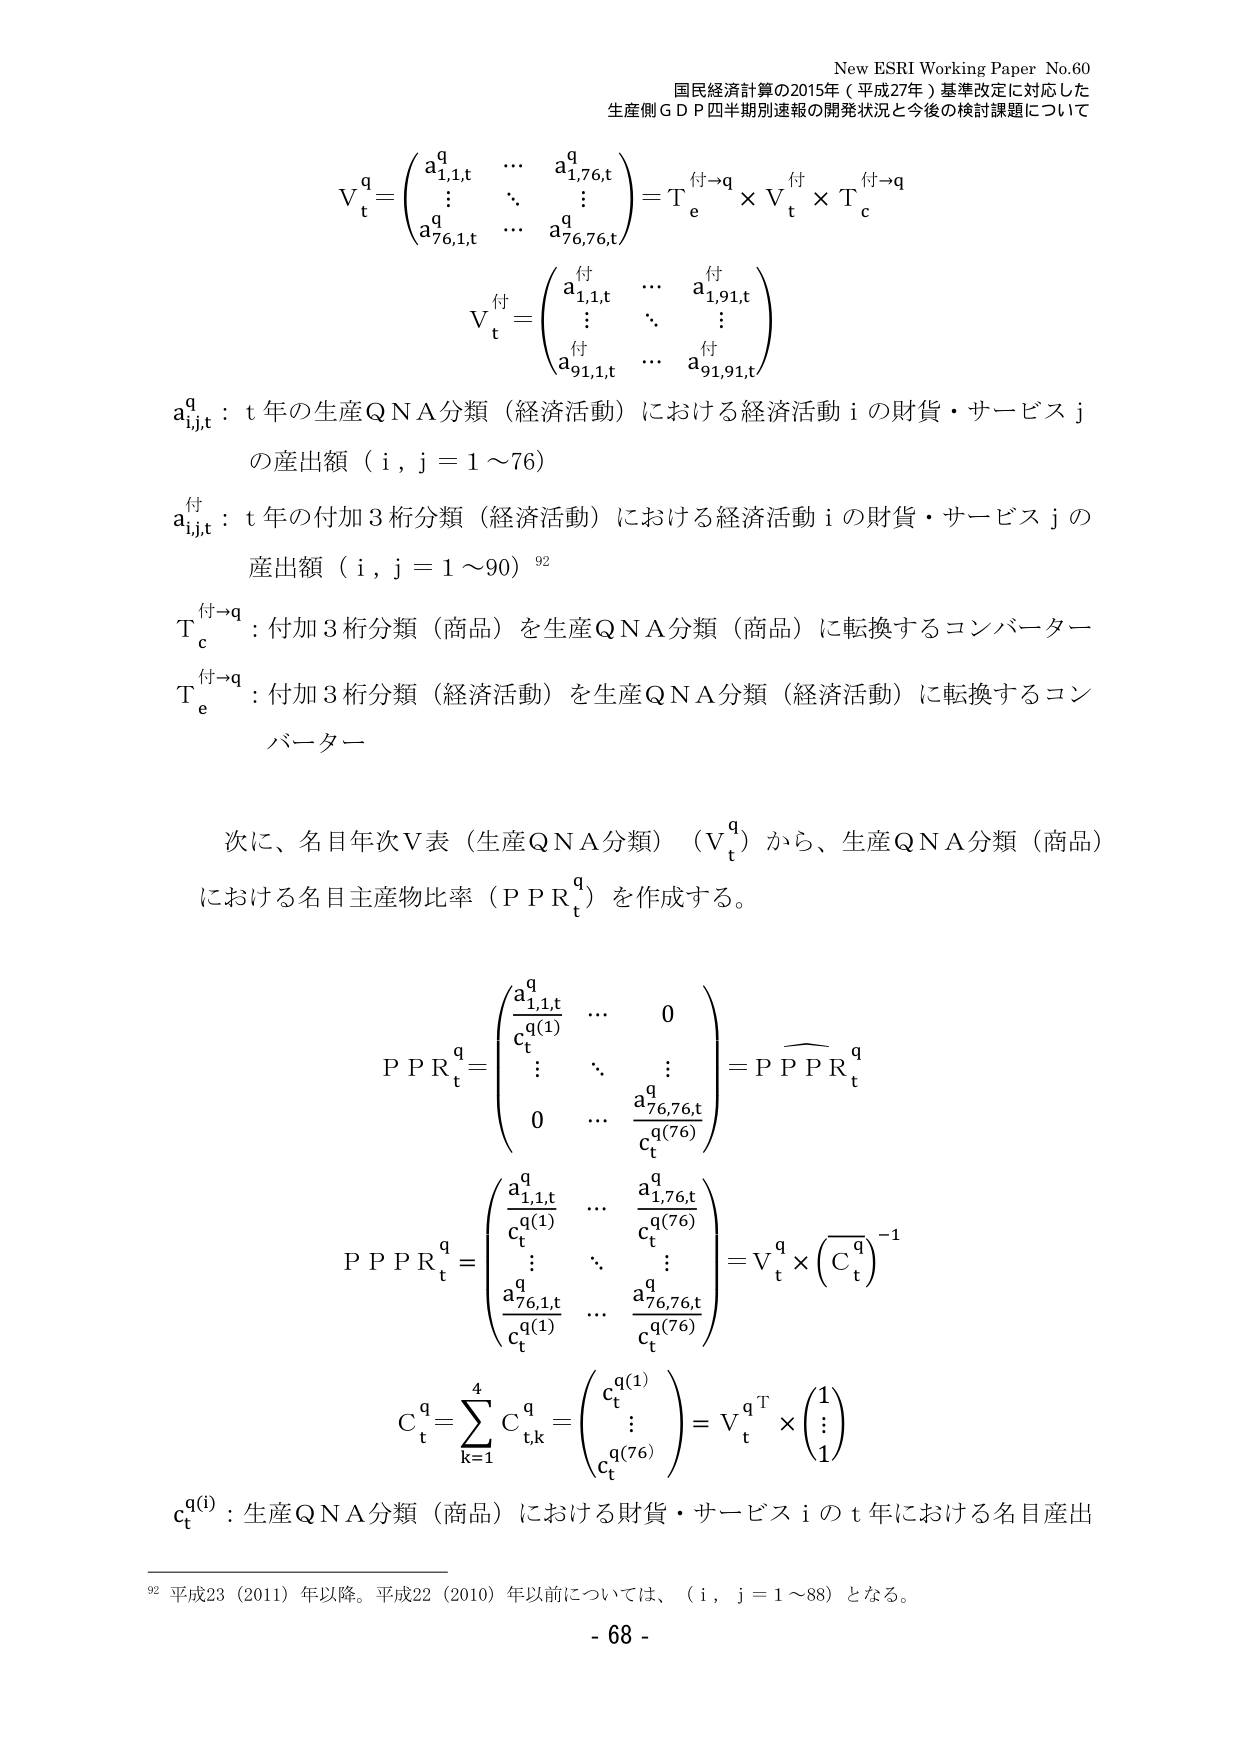
New ESRI Working Paper No.60
国民経済計算の2015年（平成27年）基準改定に対応した
生産側ＧＤＰ四半期別速報の開発状況と今後の検討課題について

V_t^q = \begin{pmatrix} a_{1,1,t}^q & \cdots & a_{1,76,t}^q \\ \vdots & \ddots & \vdots \\ a_{76,1,t}^q & \cdots & a_{76,76,t}^q \end{pmatrix} = T_e^{付→q} \times V_t^{付} \times T_c^{付→q}

V_t^{付} = \begin{pmatrix} a_{1,1,t}^{付} & \cdots & a_{1,91,t}^{付} \\ \vdots & \ddots & \vdots \\ a_{91,1,t}^{付} & \cdots & a_{91,91,t}^{付} \end{pmatrix}

a_{i,j,t}^q : t年の生産QNA分類（経済活動）における経済活動iの財貨・サービスjの産出額（i, j = 1～76）

a_{i,j,t}^{付} : t年の付加3桁分類（経済活動）における経済活動iの財貨・サービスjの産出額（i, j = 1～90）^92

T_c^{付→q} : 付加3桁分類（商品）を生産QNA分類（商品）に転換するコンバーター

T_e^{付→q} : 付加3桁分類（経済活動）を生産QNA分類（経済活動）に転換するコンバーター

次に、名目年次V表（生産QNA分類）（V_t^q）から、生産QNA分類（商品）における名目主産物比率（PPR_t^q）を作成する。

PPR_t^q = \begin{pmatrix} \frac{a_{1,1,t}^q}{c_t^{q(1)}} & \cdots & 0 \\ \vdots & \ddots & \vdots \\ 0 & \cdots & \frac{a_{76,76,t}^q}{c_t^{q(76)}} \end{pmatrix} = \overline{PPR}_t^q

\overline{PPR}_t^q = \begin{pmatrix} \frac{a_{1,1,t}^q}{c_t^{q(1)}} & \cdots & \frac{a_{1,76,t}^q}{c_t^{q(76)}} \\ \vdots & \ddots & \vdots \\ \frac{a_{76,1,t}^q}{c_t^{q(1)}} & \cdots & \frac{a_{76,76,t}^q}{c_t^{q(76)}} \end{pmatrix} = V_t^q \times \left( \overline{C}_t^q \right)^{-1}

C_t^q = \sum_{k=1}^4 C_{t,k}^q = \begin{pmatrix} c_t^{q(1)} \\ \vdots \\ c_t^{q(76)} \end{pmatrix} = V_t^{q\top} \times \begin{pmatrix} 1 \\ \vdots \\ 1 \end{pmatrix}

c_t^{q(i)} : 生産QNA分類（商品）における財貨・サービスiのt年における名目産出

^92 平成23（2011）年以降。平成22（2010）年以前については、（i, j = 1～88）となる。

- 68 -